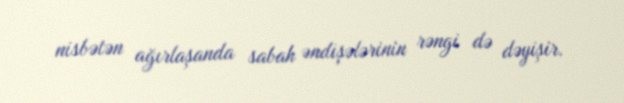
nisbətən ağırlaşanda sabah əndişələrinin rəngi də dəyişir.